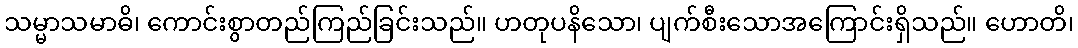
သမ္မာသမာဓိ၊ ကောင်းစွာတည်ကြည်ခြင်းသည်။ ဟတုပနိသော၊ ပျက်စီးသောအကြောင်းရှိသည်။ ဟောတိ၊